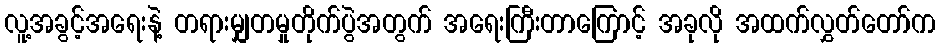
လူ့အခွင့်အရေးနဲ့ တရားမျှတမှုတိုက်ပွဲအတွက် အရေးကြီးတာကြောင့် အခုလို အထက်လွှတ်တော်က